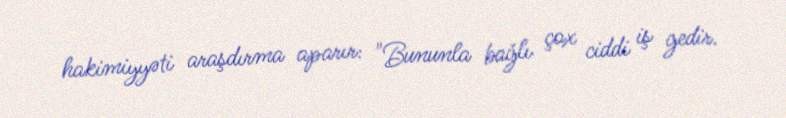
hakimiyyəti araşdırma aparır: "Bununla bağlı çox ciddi iş gedir.